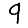
Digit: 9